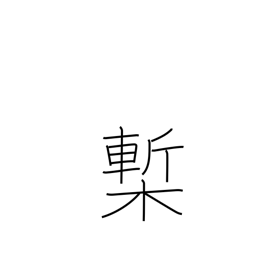
Meaning: printed book